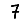
Digit: 7